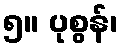
၅။ ပုစွန်၊